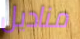
مناديل